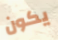
يكون